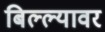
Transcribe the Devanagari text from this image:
बिल्ल्यावर